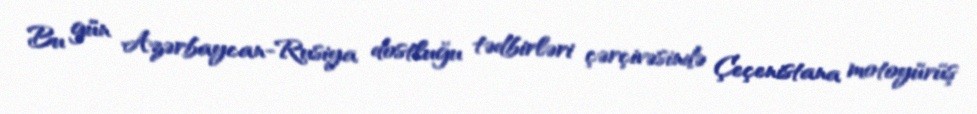
Bu gün Azərbaycan-Rusiya dostluğu tədbirləri çərçivəsində Çeçenistana motoyürüş